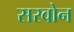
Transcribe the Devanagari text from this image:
सरवोन